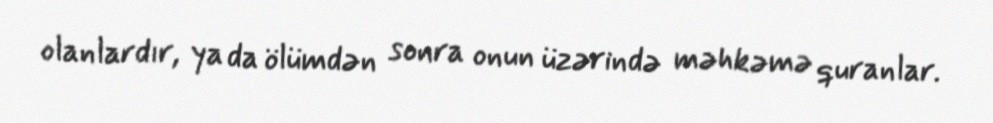
olanlardır, ya da ölümdən sonra onun üzərində məhkəmə quranlar.